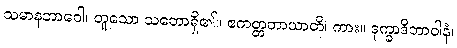
သမာနဘာဝေါ၊ တူသော သဘောရှိ၏။ ဧကတ္တတာယာတိ၊ ကား။ ဒုက္ခာဒိဘာဝါနံ၊